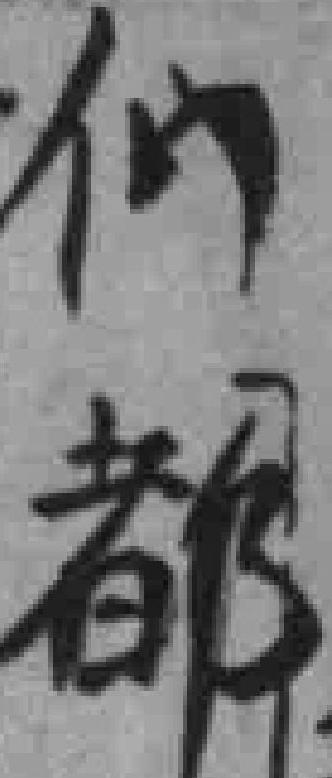
们都